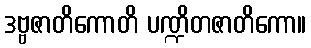
ဒဗ္ဗဇာတိကောတိ ပဏ္ဍိတဇာတိကော။